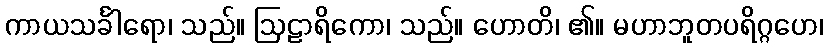
ကာယသင်္ခါရော၊ သည်။ ဩဠာရိကော၊ သည်။ ဟောတိ၊ ၏။ မဟာဘူတပရိဂ္ဂဟေ၊